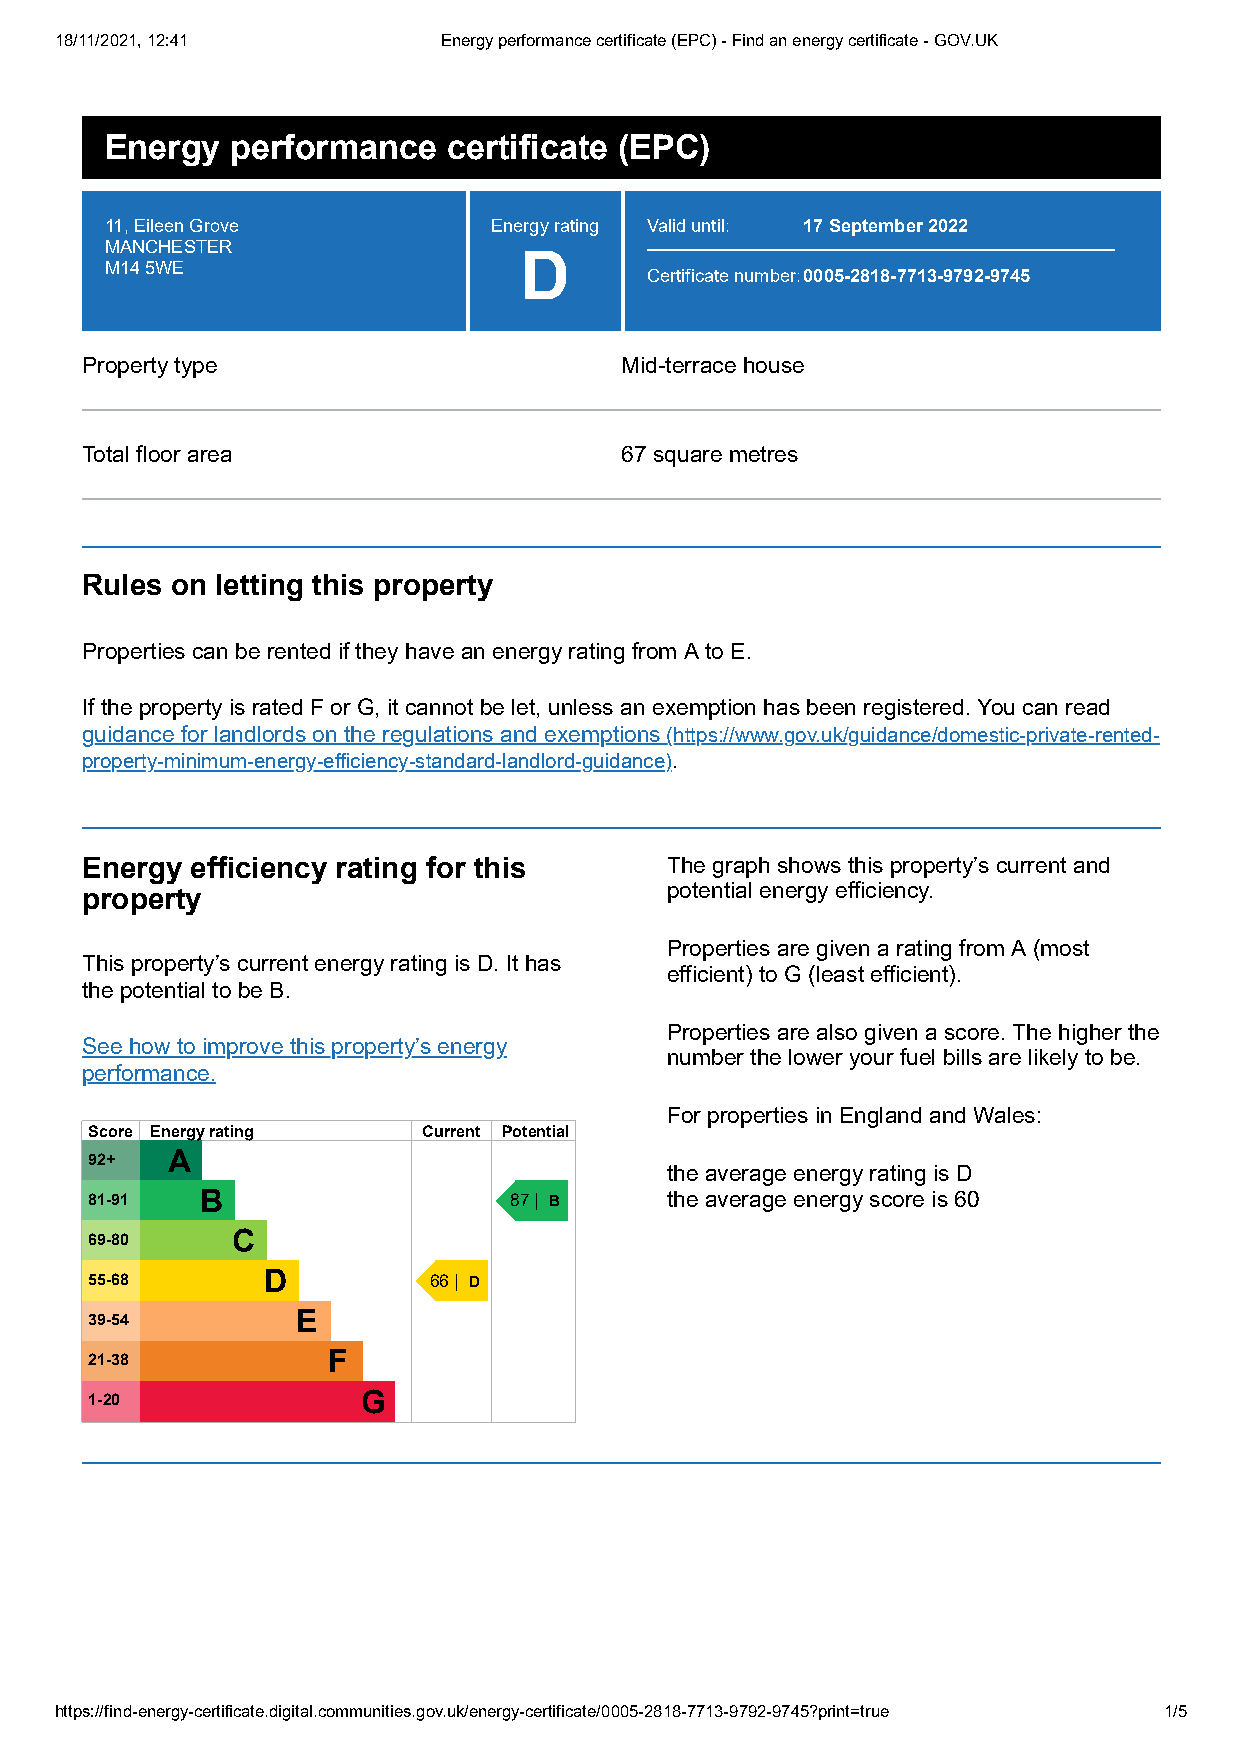
18/11/2021, 12:41        Energy performance certificate (EPC) - Find an energy certificate - GOV.UK
 Energy  performance    certificate (EPC)
 11, Eileen Grove         Energy rating Valid until: 17 September 2022
 MANCHESTER
 D
 M14 5WE
 Certificate number:0005-2818-7713-9792-9745
 Property type                       Mid-terrace house
 Total floor area                    67 square metres
 Rules on letting this property
 Properties can be rented if they have an energy rating from A to E.
 If the property is rated F or G, it cannot be let, unless an exemption has been registered. You can read
 guidance for landlords on the regulations and exemptions (https://www.gov.uk/guidance/domestic-private-rented-
 property-minimum-energy-efficiency-standard-landlord-guidance).
 Energy  efficiency rating for this     The graph shows this property’s current and
 property                               potential energy efficiency.
 Properties are given a rating from A (most
 This property’s current energy rating is D. It has
 efficient) to G (least efficient).
 the potential to be B.
 Properties are also given a score. The higher the
 See how to improve this property’s energy
 number the lower your fuel bills are likely to be.
 performance.
 For properties in England and Wales:
 Score Energy rating   Current Potential
 92+  A
 the average energy rating is D
 81-91  B                    87 | B    the average energy score is 60
 69-80    C
 55-68      D          66 | D
 39-54         E
 21-38           F
 1-20              G
 https://find-energy-certificate.digital.communities.gov.uk/energy-certificate/0005-2818-7713-9792-9745?print=true 1/5